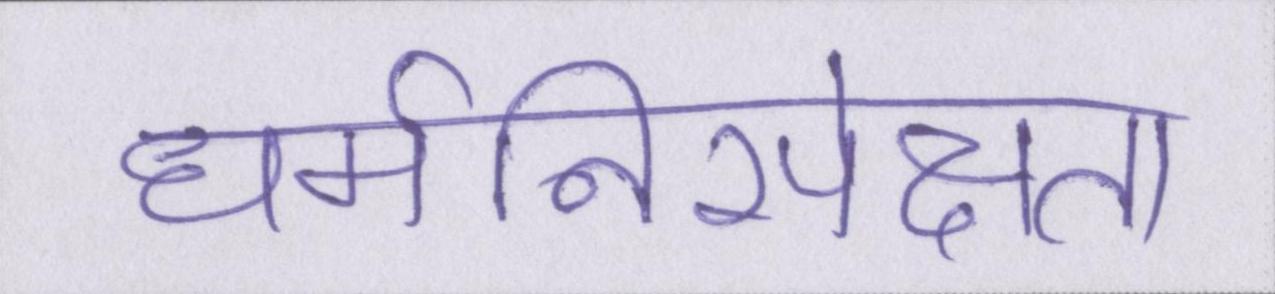
धर्मनिरपेक्षता